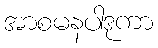
အာစမနပါဒုကာ